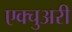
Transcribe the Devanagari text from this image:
एक्चुअरी